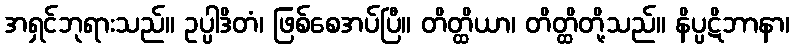
အရှင်ဘုရားသည်။ ဥပ္ပါဒိတံ၊ ဖြစ်စေအပ်ပြီ။ တိတ္ထိယာ၊ တိတ္ထိတို့သည်။ နိပ္ပဋိဘာနာ၊